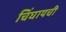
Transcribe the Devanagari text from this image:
चिंघायची